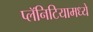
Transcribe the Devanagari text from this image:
प्लॅनिटियामध्ये